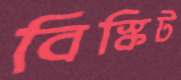
বিস্কিট